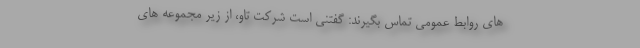
های روابط عمومی تماس بگیرند: گفتنی است شرکت تاو، از زیر مجموعه های